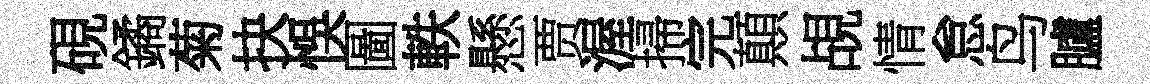
硯鐍菊抉悞圖軼懸贾渥掃完顛覘情怠鸟臚